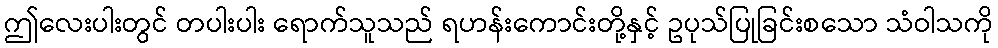
ဤလေးပါးတွင် တပါးပါး ရောက်သူသည် ရဟန်းကောင်းတို့နှင့် ဥပုသ်ပြုခြင်းစသော သံဝါသကို